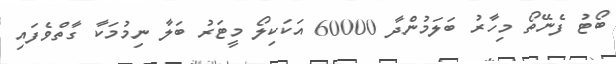
ބޯޓު ފެނޭތޯ މިހާރު ބަލަމުންދާ 60000 އަކަކިލޯ މީޓަރު ބަލާ ނިމުމަކާ ގާތްވެފައި